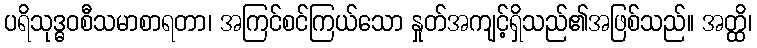
ပရိသုဒ္ဓဝစီသမာစာရတာ၊ အကြင်စင်ကြယ်သော နှုတ်အကျင့်ရှိသည်၏အဖြစ်သည်။ အတ္ထိ၊